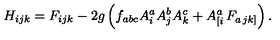
H _ { i j k } = F _ { i j k } - 2 g \left( f _ { a b c } A _ { i } ^ { a } A _ { j } ^ { b } A _ { k } ^ { c } + A _ { \left[ i \right. } ^ { a } F _ { a \left. j k \right] } \right) .